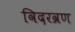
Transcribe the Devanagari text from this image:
विदरव्रण